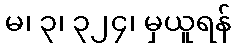
မ၊ ၃၊ ၃၂၄၊ မှယူရန်